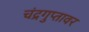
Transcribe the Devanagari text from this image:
चंद्रगुप्तावर